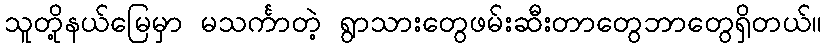
သူတို့နယ်မြေမှာ မသင်္ကာတဲ့ ရွာသားတွေဖမ်းဆီးတာတွေဘာတွေရှိတယ်။